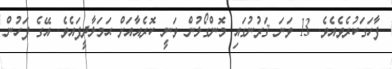
ފާހަގަކުރެވެއެވެ. 13 ވަނަ ޤަރުނުގައި މޮންގޯލުން ވަނީ ކޮރެއާއަށް ޙަމަލާދީފައެވެ. އޭގެ ފަހުން